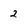
Character: 2